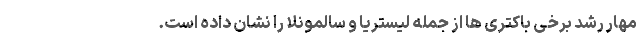
مهار رشد برخی باکتری ها از جمله لیستریا و سالمونلا را نشان داده است.